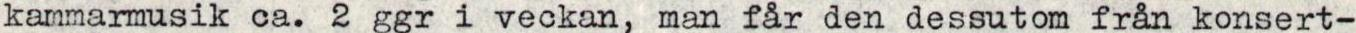
kammarmusik ca. 2 ggr i veckan, man får den dessutom från konsert-